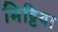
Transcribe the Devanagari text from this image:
मिट्टिया